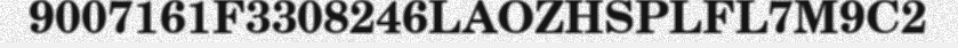
9007161F3308246LAOZHSPLFL7M9C2